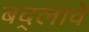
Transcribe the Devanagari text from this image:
बद्लावे